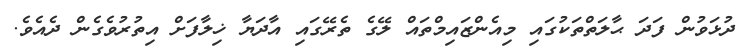
ދުޅަވުން ފަދަ ޙާލަތްތަކުގައި މިއެންޒައިމްތައް ލޭގެ ތެރޭގައި އާދަޔާ ޚިލާފަށް އިތުރުވެގެން ދެއެވެ.